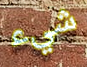
شيء